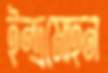
ইন্দ্রমোহন